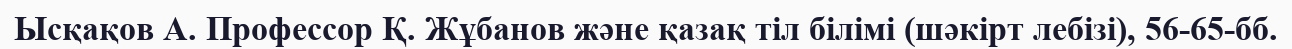
Ысқақов А. Профессор Қ. Жұбанов және қазақ тіл білімі (шәкірт лебізі), 56-65-бб.